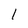
Character: 1